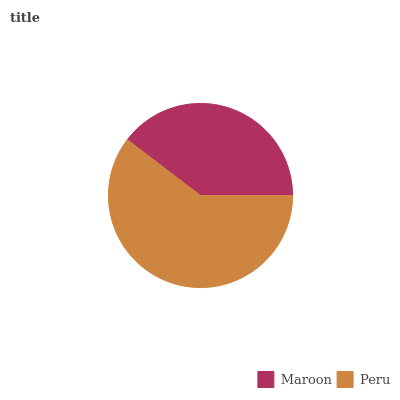
| Maroon | Peru |
 | --- | --- |
 | 39.6% | 60.4% |